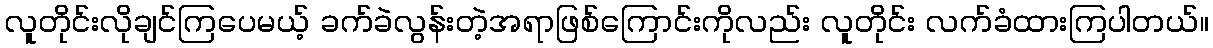
လူတိုင်းလိုချင်ကြပေမယ့် ခက်ခဲလွန်းတဲ့အရာဖြစ်ကြောင်းကိုလည်း လူတိုင်း လက်ခံထားကြပါတယ်။